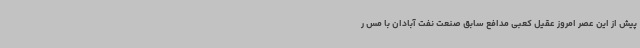
پیش از این عصر امروز عقیل کعبی مدافع سابق صنعت نفت آبادان با مس ر